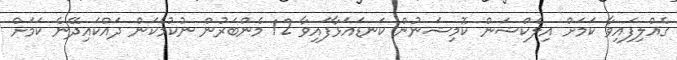
ގެއްލިފައިވާ ކަމަށް އިލެކްޝަން ކޮމިޝަނުން ކަނޑައަޅާފައިވާ 12 މެންބަރުން ނުކުމެކަން ދައްކައިދޭނެ ކަމަށް